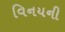
વિનયની